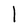
Character: l